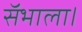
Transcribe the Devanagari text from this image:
सॅभाला।